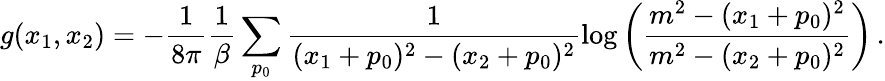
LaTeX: g(x_{1},x_{2})=-\frac{1}{8\pi}\frac{1}{\beta}\sum_{p_{0}}\frac{1}{(x_{1}+p_{0})^{2}-(x_{2}+p_{0})^{2}}\log\left(\frac{m^{2}-(x_{1}+p_{0})^{2}}{m^{2}-(x_{2}+p_{0})^{2}}\right)\, .